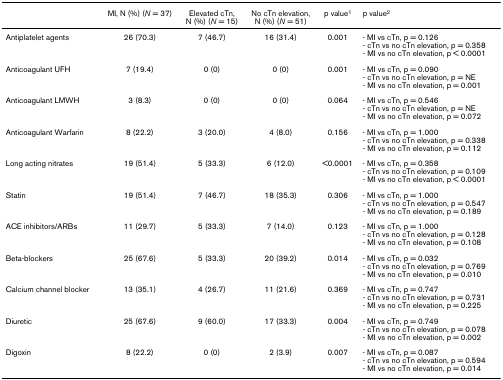
<table><thead><tr><td></td><td><b>MI, N (%) (<i>N </i>= 37)</b></td><td><b>Elevated cTn, N (%) (<i>N </i>= 15)</b></td><td><b>No cTn elevation, N (%) (<i>N </i>= 51)</b></td><td><b>p value<sup>1</sup></b></td><td><b>p value<sup>2</sup></b></td></tr></thead><tbody><tr><td>Antiplatelet agents</td><td>26 (70.3)</td><td>7 (46.7)</td><td>16 (31.4)</td><td>0.001</td><td>- MI vs cTn, p = 0.126- cTn vs no cTn elevation, p = 0.358- MI vs no cTn elevation, p &lt; 0.0001</td></tr><tr><td>Anticoagulant UFH</td><td>7 (19.4)</td><td>0 (0)</td><td>0 (0)</td><td>0.001</td><td>- MI vs cTn, p = 0.090- cTn vs no cTn elevation, p = NE- MI vs no cTn elevation, p = 0.001</td></tr><tr><td>Anticoagulant LMWH</td><td>3 (8.3)</td><td>0 (0)</td><td>0 (0)</td><td>0.064</td><td>- MI vs cTn, p = 0.546- cTn vs no cTn elevation, p = NE- MI vs no cTn elevation, p = 0.072</td></tr><tr><td>Anticoagulant Warfarin</td><td>8 (22.2)</td><td>3 (20.0)</td><td>4 (8.0)</td><td>0.156</td><td>- MI vs cTn, p = 1.000- cTn vs no cTn elevation, p = 0.338- MI vs no cTn elevation, p = 0.112</td></tr><tr><td>Long acting nitrates</td><td>19 (51.4)</td><td>5 (33.3)</td><td>6 (12.0)</td><td>&lt;0.0001</td><td>- MI vs cTn, p = 0.358- cTn vs no cTn elevation, p = 0.109- MI vs no cTn elevation, p &lt; 0.0001</td></tr><tr><td>Statin</td><td>19 (51.4)</td><td>7 (46.7)</td><td>18 (35.3)</td><td>0.306</td><td>- MI vs cTn, p = 1.000- cTn vs no cTn elevation, p = 0.547- MI vs no cTn elevation, p = 0.189</td></tr><tr><td>ACE inhibitors/ARBs</td><td>11 (29.7)</td><td>5 (33.3)</td><td>7 (14.0)</td><td>0.123</td><td>- MI vs cTn, p = 1.000- cTn vs no cTn elevation, p = 0.128- MI vs no cTn elevation, p = 0.108</td></tr><tr><td>Beta-blockers</td><td>25 (67.6)</td><td>5 (33.3)</td><td>20 (39.2)</td><td>0.014</td><td>- MI vs cTn, p = 0.032- cTn vs no cTn elevation, p = 0.769- MI vs no cTn elevation, p = 0.010</td></tr><tr><td>Calcium channel blocker</td><td>13 (35.1)</td><td>4 (26.7)</td><td>11 (21.6)</td><td>0.369</td><td>- MI vs cTn, p = 0.747- cTn vs no cTn elevation, p = 0.731- MI vs no cTn elevation, p = 0.225</td></tr><tr><td>Diuretic</td><td>25 (67.6)</td><td>9 (60.0)</td><td>17 (33.3)</td><td>0.004</td><td>- MI vs cTn, p = 0.749- cTn vs no cTn elevation, p = 0.078- MI vs no cTn elevation, p = 0.002</td></tr><tr><td>Digoxin</td><td>8 (22.2)</td><td>0 (0)</td><td>2 (3.9)</td><td>0.007</td><td>- MI vs cTn, p = 0.087- cTn vs no cTn elevation, p = 0.594- MI vs no cTn elevation, p = 0.014</td></tr></tbody></table>